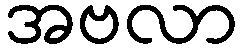
အဗလာ